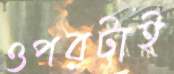
ওপরটাই